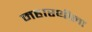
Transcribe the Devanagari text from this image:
महारथीला